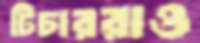
টিচাররাও